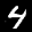
Label: 4